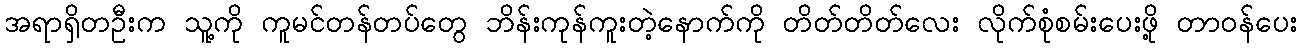
အရာရှိတဦးက သူ့ကို ကူမင်တန်တပ်တွေ ဘိန်းကုန်ကူးတဲ့နောက်ကို တိတ်တိတ်လေး လိုက်စုံစမ်းပေးဖို့ တာဝန်ပေး